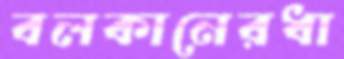
বলকানেরধা